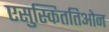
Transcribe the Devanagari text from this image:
एसुस्किततिओन